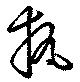
執